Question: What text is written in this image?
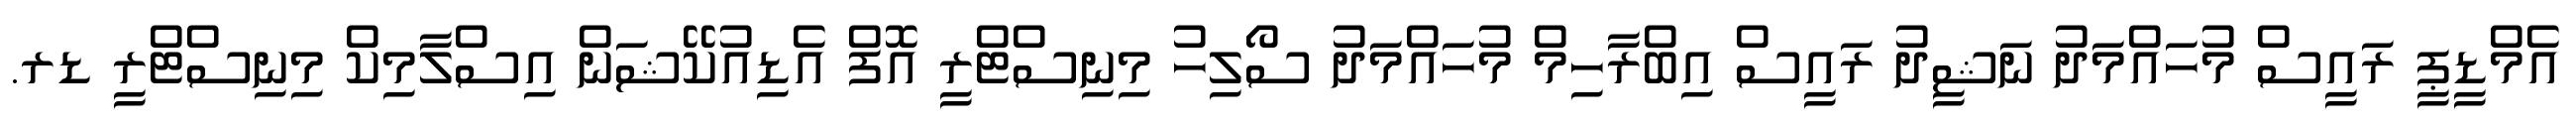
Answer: އެމްޑީޕީ ރައީސް މުހައްމަދު ނަޝީދު ރައީސް އިބްރާހިމް މުހައްމަދު ސޯލިހު މިނިސްޓްރީ އޮފް އެޑިއުކޭޝަން އިސްލާމިކް މިނިސްޓްރީ ޑރ.